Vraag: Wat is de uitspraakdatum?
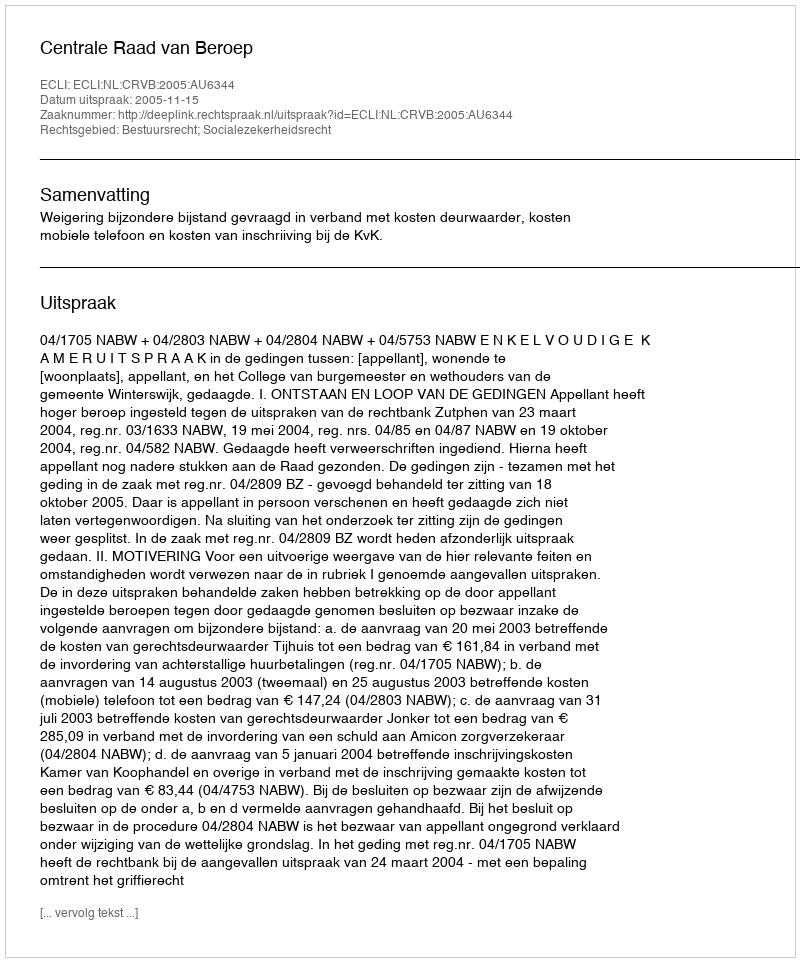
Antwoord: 2005-11-15